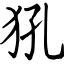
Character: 犼